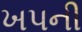
ખપની